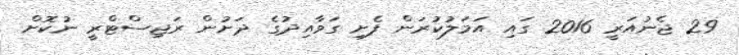
29 ޖެނުއަރީ 2016 ގައި އަމަލުކުރަން ފެށި ގަވާއިދުގެ ދަށުން ރަޖިސްޓްރީ ނުކޮށް